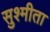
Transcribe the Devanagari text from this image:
सुश्मीता